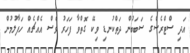
އަދި ސްޓްރެސްގެ ސަބަބުން ދަތްކުނޑި ވިކޭ ގޮތްވާ ފަހަރު ވެސް އެއްޗެއް ހަފާލުމުން